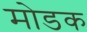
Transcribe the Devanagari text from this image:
माेडक